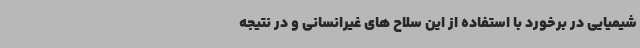
شیمیایی در برخورد با استفاده از این سلاح های غیرانسانی و در نتیجه